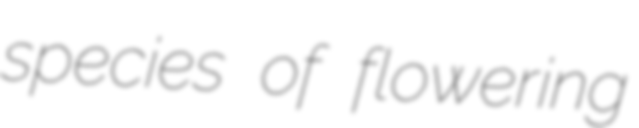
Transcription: species of flowering